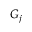
G _ { j }